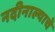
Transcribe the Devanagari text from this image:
नदीनाल्याचे